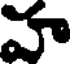
హ